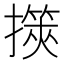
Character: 擌